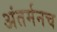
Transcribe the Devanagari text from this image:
अंतर्मनच